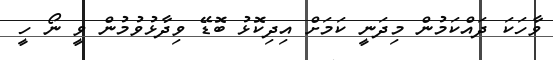
ވާހަކަ ދައްކަމުން މިދަނީ ކަމަށް އިދިކޮޅު ބޮޑޭ ވިދާޅުވުމުން ވީ ނޯ ހީ